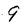
Character: 9